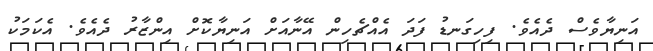
އަނިޔާވެސް ދެއެވެ. ފިހިގަނޑު ފަދަ އެއްޗެހިން އޭނާއަށް އަނިޔާކޮށް އިންޒާރު ދެއެވެ. އެކަމަކު